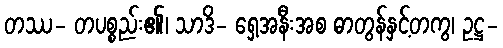
တဿ- တပစ္စည်း၏၊ သာဒိ- ရှေ့အနီးအစ ဓာတွန်နှင့်တကွ၊ ဥဋ္ဌ-